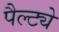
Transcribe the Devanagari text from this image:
पैल्ट्ये